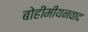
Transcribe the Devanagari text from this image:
बोहीमीयनवाद